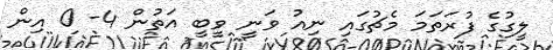
ލީގުގެ ފުރަތަމަ މެޗުގައި ނިއު ވަނީ ވީބީ އަތުން 4- 0 އިން